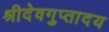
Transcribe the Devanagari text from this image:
श्रीदेवगुप्तादय